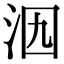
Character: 𣲶